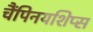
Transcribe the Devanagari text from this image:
चैंपिनयशिप्स